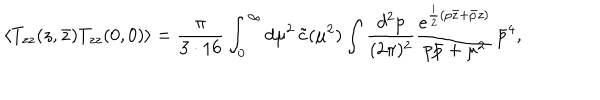
LaTeX: \langle T _ { z z } ( z , \bar { z } ) T _ { z z } ( 0 , 0 ) \rangle = \frac { \pi } { 3 \cdot 1 6 } \int _ { 0 } ^ { \infty } d \mu ^ { 2 } \, \tilde { c } ( \mu ^ { 2 } ) \int \frac { d ^ { 2 } p } { ( 2 \pi ) ^ { 2 } } \frac { e ^ { \frac { i } { 2 } ( p \bar { z } + \bar { p } z ) } } { p \bar { p } + \mu ^ { 2 } } \, \bar { p } ^ { 4 } ,